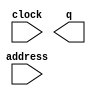
module bg1_new (
	address,
	clock,
	q);

	input	[14:0]  address;
	input	  clock;
	output	[11:0]  q;
`ifndef ALTERA_RESERVED_QIS
// synopsys translate_off
`endif
	tri1	  clock;
`ifndef ALTERA_RESERVED_QIS
// synopsys translate_on
`endif

endmodule